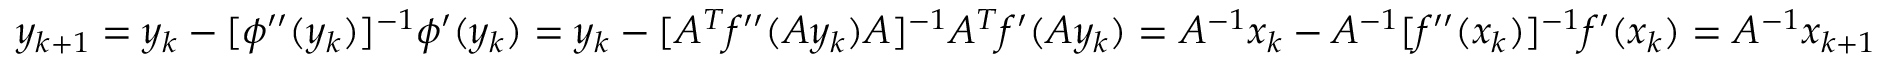
y _ { k + 1 } = y _ { k } - [ \phi ^ { \prime \prime } ( y _ { k } ) ] ^ { - 1 } \phi ^ { \prime } ( y _ { k } ) = y _ { k } - [ A ^ { T } f ^ { \prime \prime } ( A y _ { k } ) A ] ^ { - 1 } A ^ { T } f ^ { \prime } ( A y _ { k } ) = A ^ { - 1 } x _ { k } - A ^ { - 1 } [ f ^ { \prime \prime } ( x _ { k } ) ] ^ { - 1 } f ^ { \prime } ( x _ { k } ) = A ^ { - 1 } x _ { k + 1 }